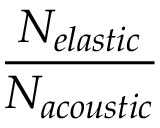
\frac { N _ { e l a s t i c } } { N _ { a c o u s t i c } }